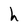
Character: h